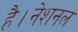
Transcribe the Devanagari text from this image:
है।नेशनल